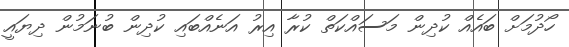
ހޯދުމަށް ބައެއް ކުދިން މަސައްކަތް ކުރާ އިރު އަނެއްބައި ކުދިން ބުނަމުން ދިޔައީ